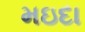
મઇદા